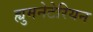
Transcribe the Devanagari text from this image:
ह्युमनेटेरियन